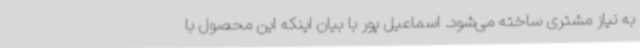
به نیاز مشتری ساخته می‌شود. اسماعیل پور با بیان اینکه این محصول با